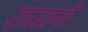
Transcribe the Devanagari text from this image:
राजानी